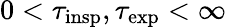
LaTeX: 0<\tau_{\mathrm{insp}},\tau_{\mathrm{exp}}<\infty